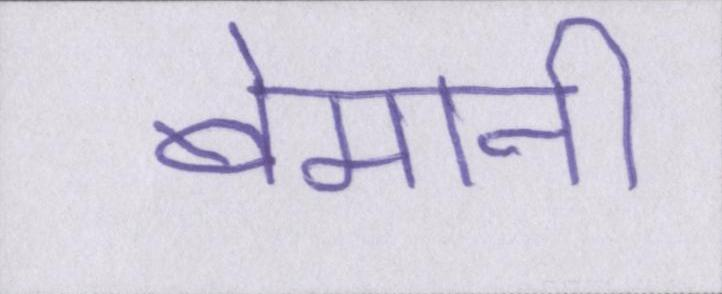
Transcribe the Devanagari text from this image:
बेमानी